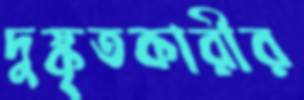
দুষ্কৃতকারীর